Report of the Indian Hemp Drugs Commission, 1894-1895 - Volume II
Year: 1894
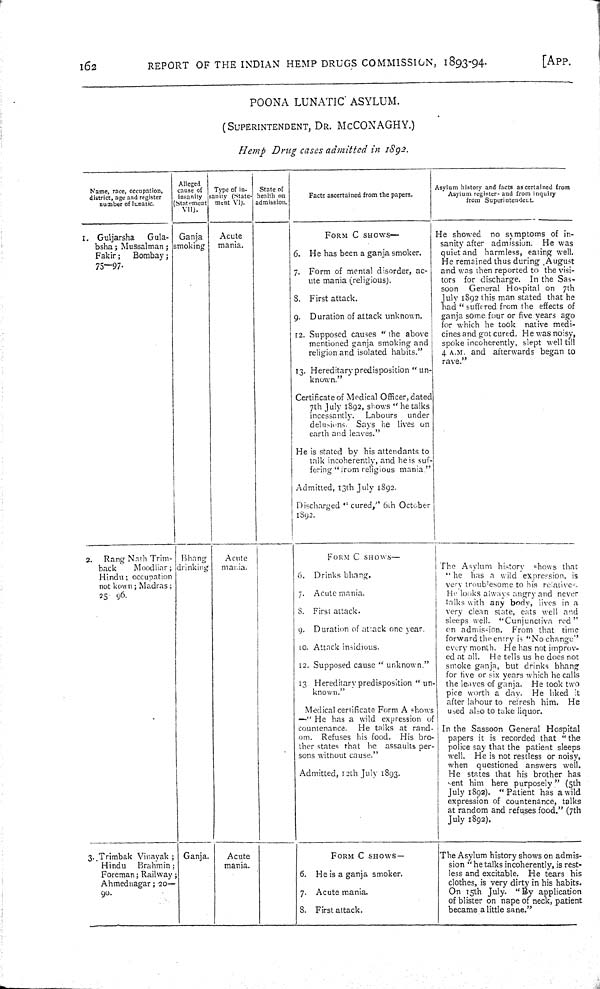
162
REPORT OF THE INDIAN HEMP DRUGS COMMISSION, 1893-94.
[APP.
POONA LUNATIC ASYLUM.
(SUPERINTENDENT, DR. MCCONAGHY.)
Hemp Drug cases admitted in 1892.
Name, race, occupation,
district, age and register
number of lunatic.
Alleged
cause of
insanity
(Statement
VII).
Type of in-
sanity (State-
ment VI).
State of
health on
admission.
Facts ascertained from the papers.
Asylum history and facts ascertained from
Asylum register and from inquiry
from Superintendend.
1. Guljarsha
Gula-
bsha; Mussalman;
Fakir;
Bombay;
75-97.
Ganja
smoking
Acute
mania.
FORM
C SHOWS—
6. He has been a ganja smoker.
7. Form of mental disorder, ac-
ute mania (religious).
8. First attack.
9. Duration of attack unknown.
12. Supposed causes "the above
mentioned ganja smoking and
religion and isolated habits."
13. Hereditary predisposition "un-
known."
Certificate of Medical Officer, dated
7th July 1892, shows "he talks
incessantly.
Labours
under
delusions. Says he lives on
earth and leaves."
He is stated by his attendants to
talk incoherently, and he is suf-
fering "from religious mania."
Admitted, 13th July 1892.
Discharged "cured," 6th October
1892.
He showed no symptoms of in-
sanity after admission. He was
quiet and harmless, eating well.
He remained thus during August
and was then reported to the visi-
tors for discharge. In the Sas-
soon
General Hospital on 7th
July 1892 this man stated that he
had " suffered from the effects of
ganja some four or five years ago
for which he took native medi-
cines and got cured. He was noisy,
spoke incoherently, slept well till
4 A.M. and afterwards began to
rave."
2.
Rang Nath Trim-
back
Moodliar;
Hindu; occupation
not kown; Madras;
25 96.
Bhang
drinking
Acute
mania.
FORM C SHOWS—
6. Drinks bhang.
7. Acute mania.
8. First attack.
9. Duration of attack one year.
10. Attack insidious.
12. Supposed cause "unknown."
13 Hereditary predisposition "un-
known."
Medical certificate Form A shows
—"He has a wild expression of
countenance.
He talks at rand-
om. Refuses his food. His bro-
ther states that he assaults per-
sons without cause."
Admitted, 12th July 1893.
The Asylum history shows that
"he has a wild expression is
very troublesome to his relatives.
He looks always angry and never
talks with any body, lives in a
very clean state, eats well and
sleeps well. "Cunjunctiva red"
on admission. From that time
forward the entry is "No change"
every month. He has not improv-
ed at all. He tells us he does not
smoke ganja, but drinks bhang
for five or six years which he calls
the leaves of ganja. He took two
pice worth a day. He liked it
after labour to refresh him. He
used also to take liquor.
In the Sassoon General Hospital
papers it is recorded that "the
police say that the patient sleeps
well. He is not restless or noisy
when questioned answers well
He states that his brother has
sent him here purposely" (5th
July 1892). " Patient has a wild
expression of countenance, talks
at random and refuses food." (7th
July 1892).
3. Trimbak Vinayak;
Hindu
Brahmin;
Foreman; Railway
Ahmednagar; 20—
90.
Ganja.
Acute
mania.
FORM C SHOWS—
6. He is a ganja smoker.
7. Acute mania.
8. First attack.
The Asylum history shows on admis-
sion "he talks incoherently, is rest-
less and excitable. He tears his
clothes, is very dirty in his habits
On 15th July. "By application
of blister on nape of neck, patient
became a little sane."